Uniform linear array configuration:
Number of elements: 4
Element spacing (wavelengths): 0.25
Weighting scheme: binomial
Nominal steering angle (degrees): -15
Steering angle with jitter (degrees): -14.303
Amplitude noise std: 0.05
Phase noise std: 0.05

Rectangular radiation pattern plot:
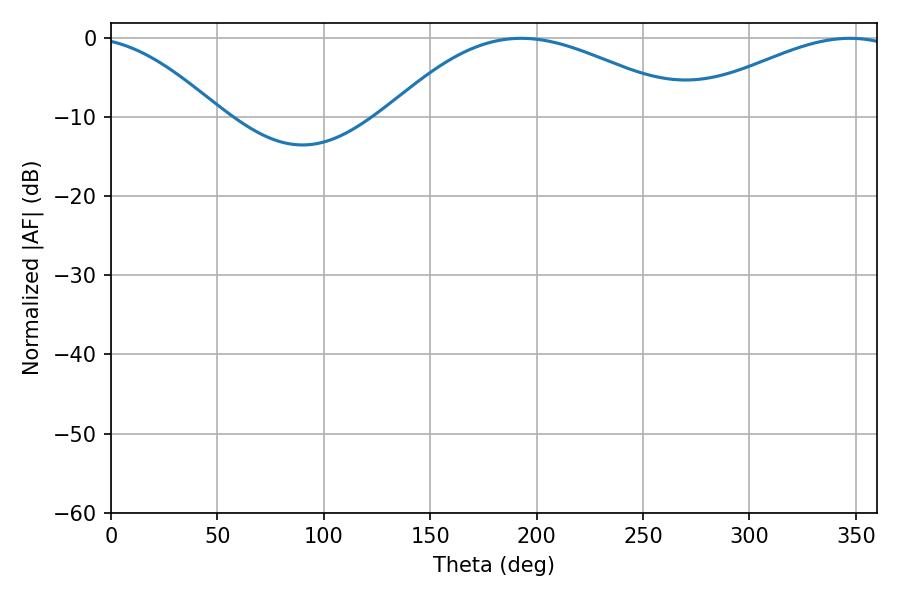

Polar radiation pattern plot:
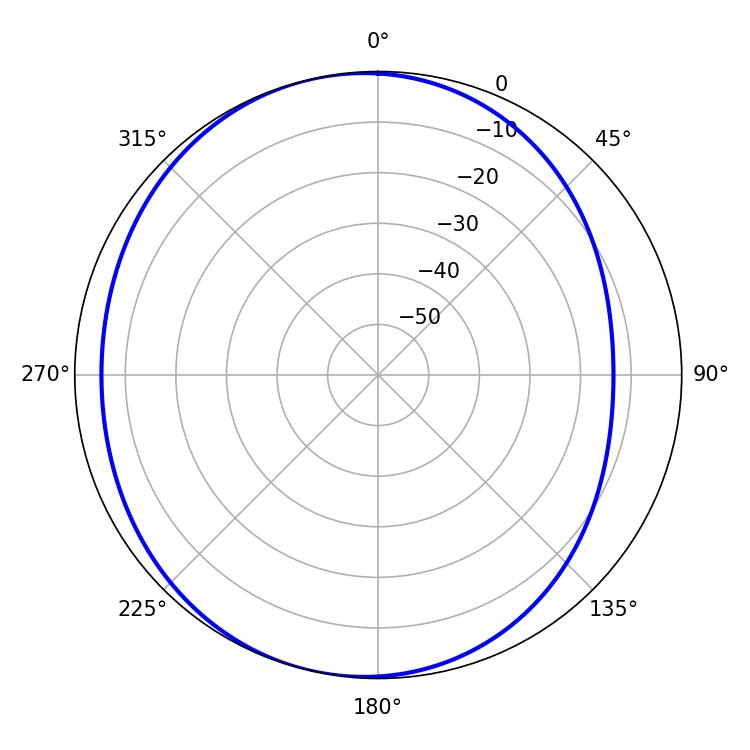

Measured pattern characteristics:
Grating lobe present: FALSE
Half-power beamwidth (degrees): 77.4
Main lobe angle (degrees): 192.78